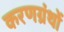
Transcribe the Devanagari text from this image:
करणग्रंथों